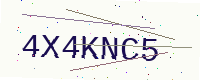
Text: 4X4KNC5